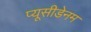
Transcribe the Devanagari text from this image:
प्यूसीडेनम